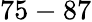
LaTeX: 75-87